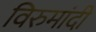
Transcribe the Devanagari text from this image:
विरुमांदी